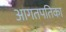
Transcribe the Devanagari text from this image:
आगतपतिका